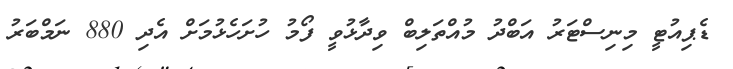
ޑެޕިއުޓީ މިނިސްޓަރު އަބްދު މުއްތަލިބް ވިދާޅުވީ ފޯމު ހުށަހެޅުމަށް އެދި 880 ނަމްބަރު